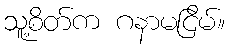
သူ့စိတ်က ဂနာမငြိမ်။